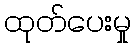
ထုတ်ပေးမှု